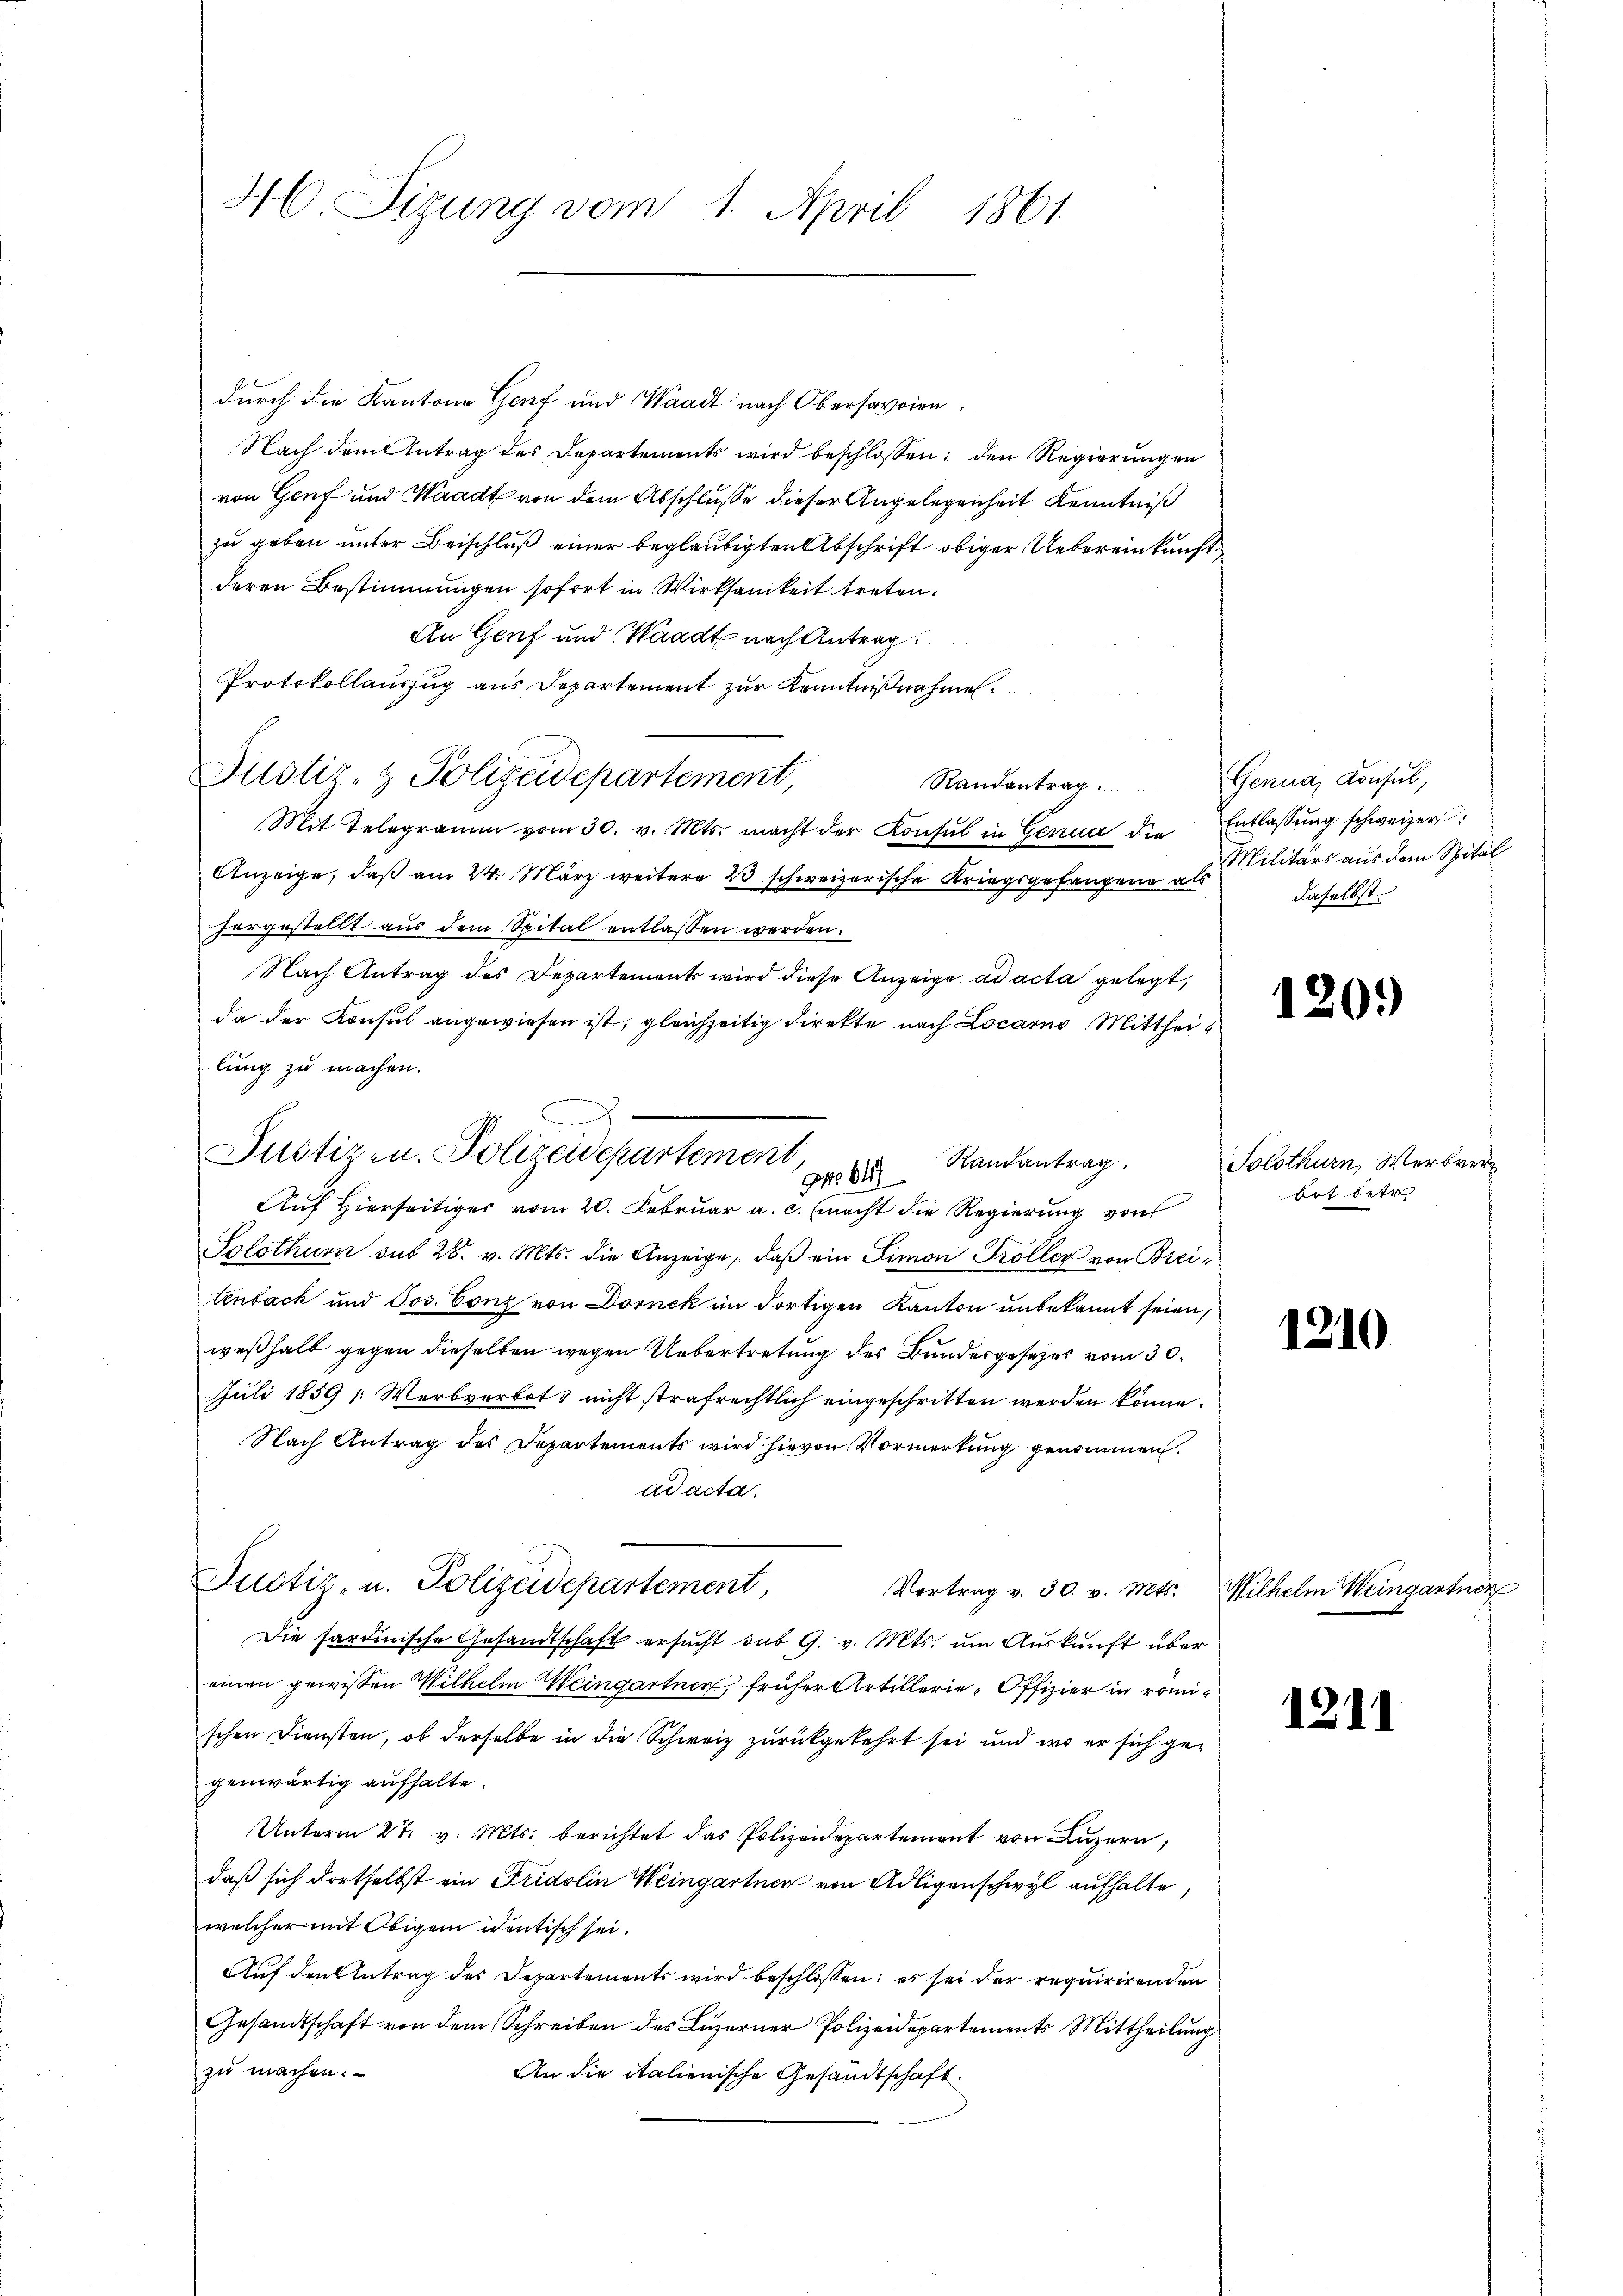
H. Sizung vom 1. April 1861.

durch die Kantone Genf und Waadt nach Obersavoien
Nach dem Antrag des Departements wird beschlossen: den Regierungen
von Genf und Waadt von dem Abschlusse dieser Angelegenheit Kenntniß
zu geben unter Beischluß einer beglaubigten Abschrift obiger Uebereinkunft
deren Bestimmungen sofort in Wirksamkeit treten.
An Genf und Waadt nach Antrag:
Protokollauszug aus Departement zur Kenntnißnahmen.
Justiz- & Polizeidepartement,
Randantrag.
Mit Telegramm vom 30. v. Mts. macht der Konsul in Genua die Entlassŭng schweizer:
Anzeige, daß am 24. März weitere 23 schweizerische Kriegsgefangen als Militärs aus dem Spital
hergestellt aus dem Spital entlassen werden.
Nach Antrag des Departements wird diese Anzeige ad acta gelegt,
da der Konsul angewiesen ist, gleichzeitig Direkte nach Locarno Mittheilung zu machen.
Auf hierseitiger vom 20. Februar a. c. macht die Regierung von
Solothurn sub 28. v. Mts. die Anzeige, daß ein Simon Troller von Breitenbach und Jos. Conz von Dornek im dortigen Kanton unbekannt seien,
weßhalb gegen dieselben wegen Uebertretung des Bundesgesetzes vom 30.
Juli 1859 /: Werbverbot, nicht strafrechtlich eingeschritten werden könne.
Nach Antrag des Departements wird hievon Vormerkung genommen.
ad acta.
Justiz- u. Polizeidepartement,
Vortrag v. 30. v. Mts.
Die sardinische Gesandtschaft ersŭcht sub 9. v. Mts. um Auskunft über
einen gewissen Wilhelm Weingartner, früher Artillerie-Offizier in romischen Diensten, ob derselbe in die Schweiz zurückgekehrt sei und wo er sich gegenwärtig aufhalte.
Unterm 27. v. Mts. berichtet das Polizeidepartement von Luzern,
daß sich dortselbst ein Fridolin Weingartner von Adligenschwyl aufhalte,
welcher mit Obigem identisch sei.
Auf den Antrag des Departements wird beschlossen: es sei der requirirenden
Gesandtschaft von dem Schreiben des Luzerner Polizeidepartements Mittheilung
zu machen.
An die italienische Gesandtschaft.

.
Justiz- u. Polizeidepartement,
Randantrag.
No 647

Genua, Konsul,
daselbst.

0.)

Solothurn, Werbver
bot betr

1210

Milhelm Weingartner

12.